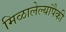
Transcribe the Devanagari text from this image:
मिळालेल्यांपैकी